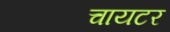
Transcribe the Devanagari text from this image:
चायटर